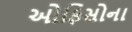
ઓફિસોના